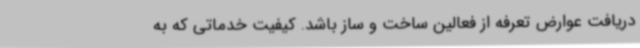
دریافت عوارض تعرفه از فعالین ساخت و ساز باشد. کیفیت خدماتی که به